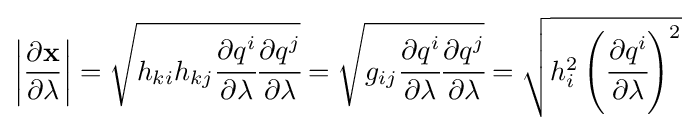
\left|{\partial \mathbf {x}  \over \partial \lambda }\right|={\sqrt {h_{ki}h_{kj}{\cfrac {\partial q^{i}}{\partial \lambda }}{\cfrac {\partial q^{j}}{\partial \lambda }}}}={\sqrt {g_{ij}{\cfrac {\partial q^{i}}{\partial \lambda }}{\cfrac {\partial q^{j}}{\partial \lambda }}}}={\sqrt {h_{i}^{2}\left({\cfrac {\partial q^{i}}{\partial \lambda }}\right)^{2}}}